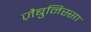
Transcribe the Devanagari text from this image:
ज़ैबुनिस्सा